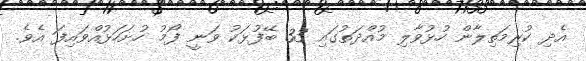
އެދި ކުރިމަތިލާން ހުޅުވާލި މުއްދަތުގައި 33 ބޭފުޅަކު ވަނީ ފޯމު ހުށަހަޅުއްވައިފަ އެވެ.